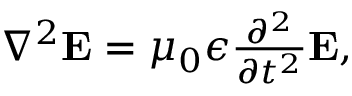
\begin{array} { r } { \nabla ^ { 2 } { \bf E } = \mu _ { 0 } \epsilon \frac { \partial ^ { 2 } } { \partial t ^ { 2 } } { \bf E } , } \end{array}